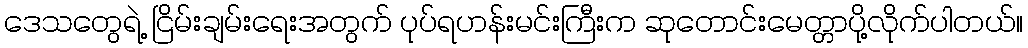
ဒေသတွေရဲ့ ငြိမ်းချမ်းရေးအတွက် ပုပ်ရဟန်းမင်းကြီးက ဆုတောင်းမေတ္တာပို့လိုက်ပါတယ်။